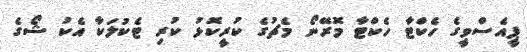
ޕީއެސްވީގެ ހެކްޓާ ހެކްޓާ މޮރޭނޯ މެޗުގެ ކުރީކޮޅު ކުރި ޓެކުލަކާ އެކު ޝޯގެ